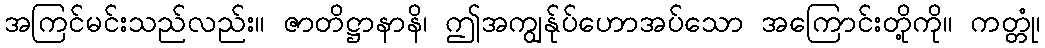
အကြင်မင်းသည်လည်း။ ဇာတိဋ္ဌာနာနိ၊ ဤအကျွန်ုပ်ဟောအပ်သော အကြောင်းတို့ကို။ ကတ္တုံ၊